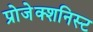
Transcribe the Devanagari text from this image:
प्रोजेक्शनिस्ट